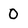
Character: O